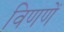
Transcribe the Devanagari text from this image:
विणणें